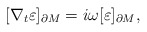
\begin{align*}[\nabla_{t}\varepsilon]_{\partial M}=i \omega [\varepsilon]_{\partial M},\end{align*}